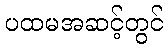
ပထမအဆင့်တွင်